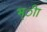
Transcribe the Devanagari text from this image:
भ्ीा